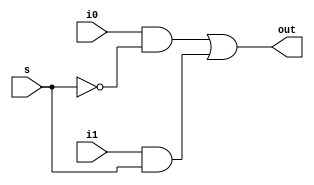

module mux_2_to_1(out, i0, i1, s);
    input i0, i1, s;
    output out;
    wire s_bar, a, b;
  
    not(s_bar, s);
    and(a, i0, s_bar);
    and(b, i1, s);
    or(out, a, b);
endmodule

module mux_8_to_1(out, i, s);
    input [7:0] i;
    input [2:0] s;
    output out;
    wire out_m1, out_m2, out_m3, out_m4;
    wire out_m5, out_m6;
  
    mux_2_to_1 m1(out_m1, i[0], i[1], s[0]);
    mux_2_to_1 m2(out_m2, i[2], i[3], s[0]);
    mux_2_to_1 m3(out_m3, i[4], i[5], s[0]);
    mux_2_to_1 m4(out_m4, i[6], i[7], s[0]);
    
    mux_2_to_1 m5(out_m5, out_m1, out_m2, s[1]);
    mux_2_to_1 m6(out_m6, out_m3, out_m4, s[1]);
    
    mux_2_to_1 m7(out, out_m5, out_m6, s[2]);
endmodule